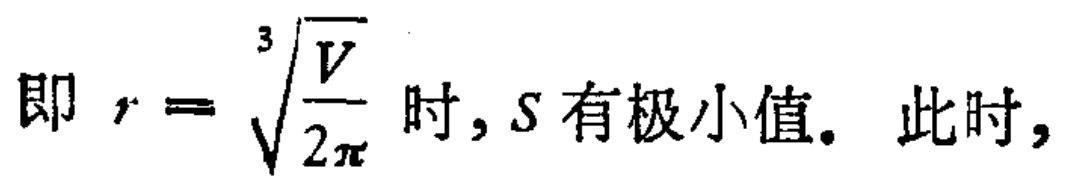
即 \(r = \sqrt[3]{\frac{V}{2\pi}}\) 时, \(S\) 有极小值. 此时,